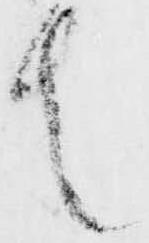
者